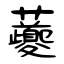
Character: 虁